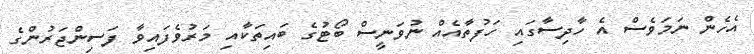
އެހެން ނަމަވެސް އެ ހާދިސާގައި ހަފުތާއެއް ނުވަނީސް ބޯޓުގެ ބައިތަކާއި މަރުވެފައިވާ ފަސިންޖަރުންގެ